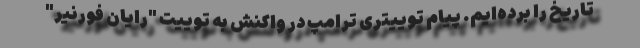
تاریخ را برده‌ایم. پیام توییتری ترامپ در واکنش به توییت "رایان فورنیر"